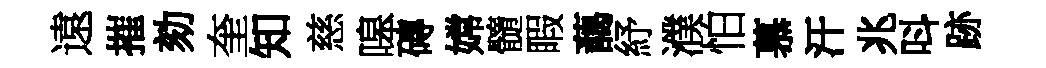
遠摧劾奎知慈嗥磚嫦髓睱藹紓濮怕慕汗兆呌跡